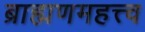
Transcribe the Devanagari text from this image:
ब्राह्मणमहत्त्व